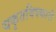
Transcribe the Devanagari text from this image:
यकृतविषकारी